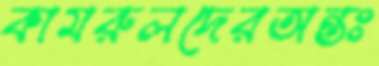
কামরুলদেরঅন্তঃ